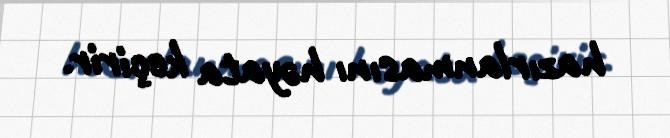
hazırlanmasını həyata keçirir.